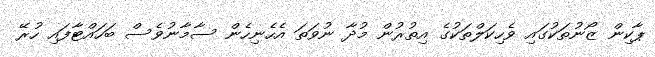
ޕާކިން ޒޯނުތަކުގައި ވެހިކަލްތަކުގެ އިތުރުން މުދާ ނުވަތަ އެހެނިހެން ސާމާނުވެސް ބަހައްޓާފައި ހުރޭ